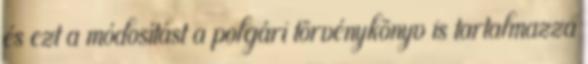
és ezt a módosítást a polgári törvénykönyv is tartalmazza